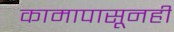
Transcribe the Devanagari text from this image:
कामापासूनही